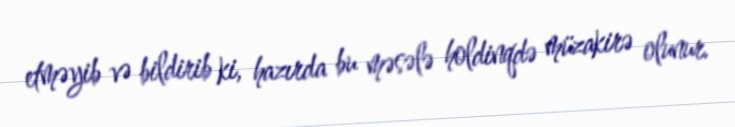
etməyib və bildirib ki, hazırda bu məsələ holdinqdə müzakirə olunur.